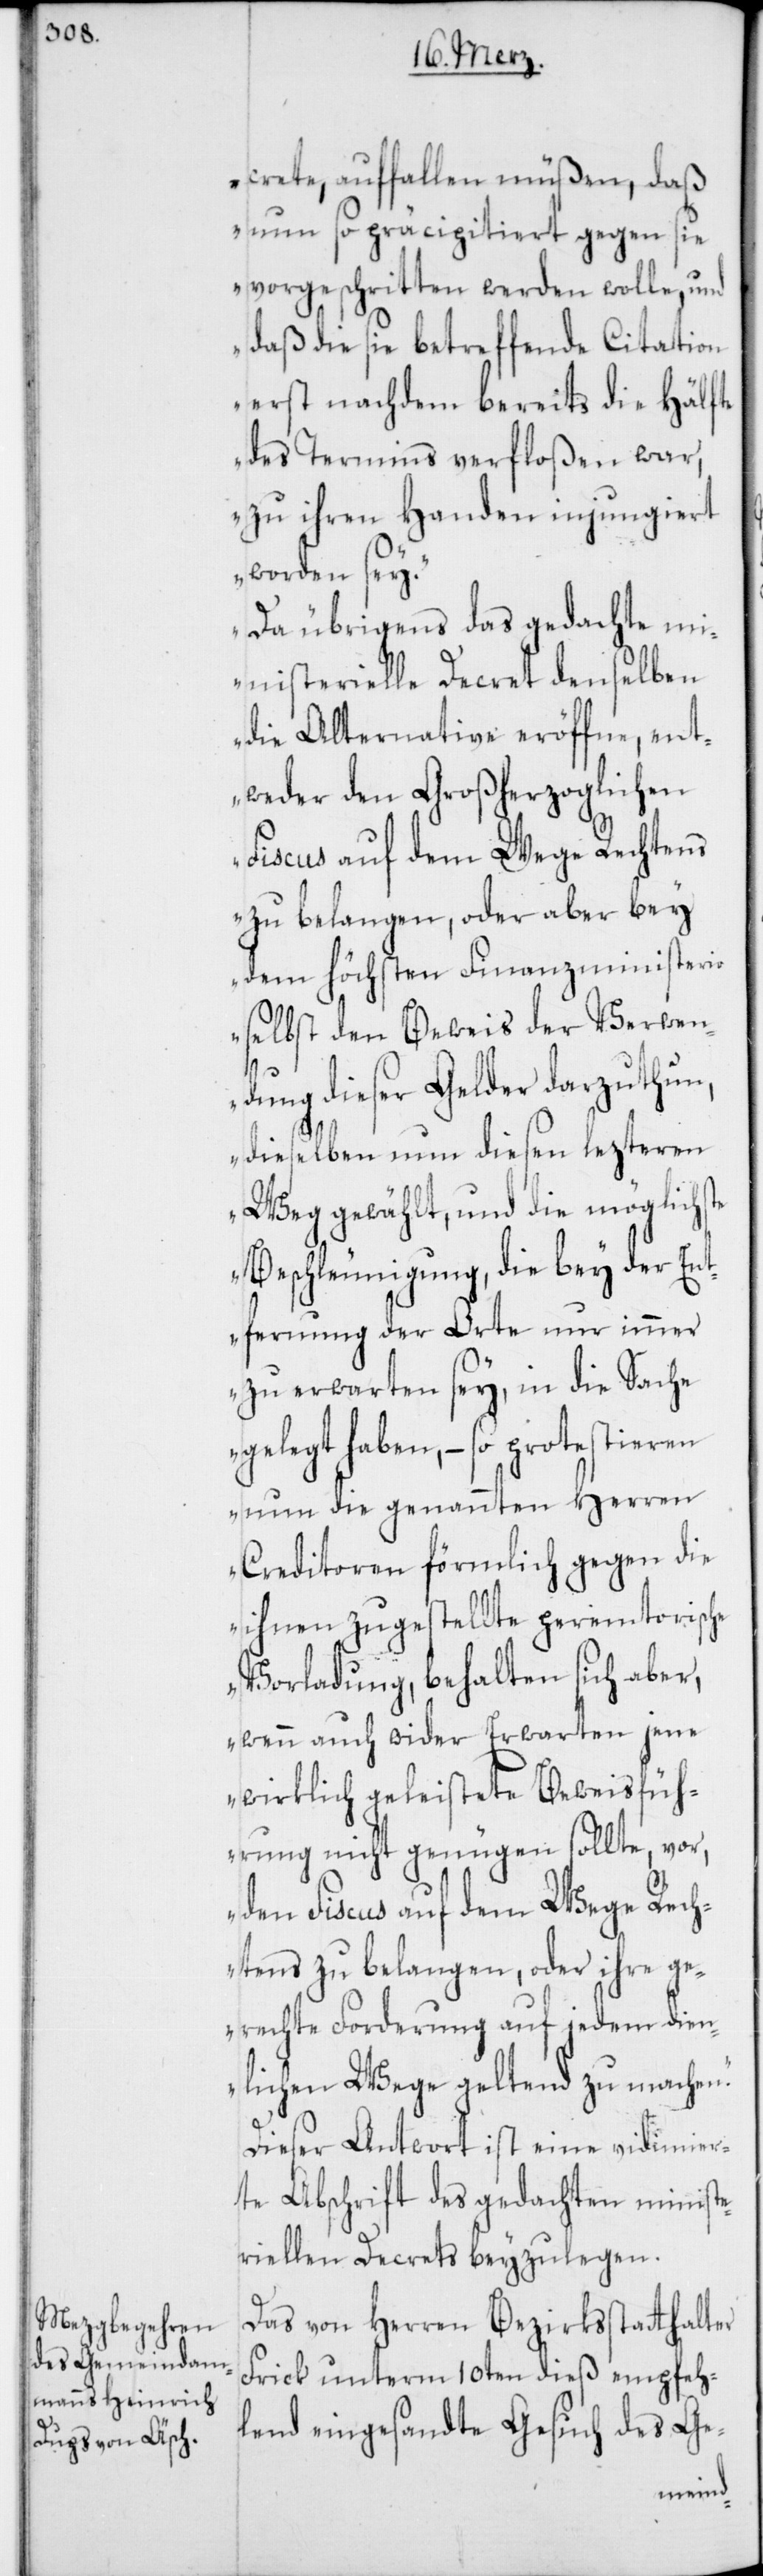
crete auffallen müßen, daß
nun so präcipitiert gegen sie
vorgeschritten werden wolle, und
daß die sie betreffende Citation
erst nachdem bereits die Hälfte
des Termins verfloßen war,
zu ihren Handen injungiert
worden sey.
Da übrigens das gedachte mi¬
nisterielle Decret denselben
die Alternative eröffne, ent¬
weder den Großherzoglichen
Fiscus auf dem Wege Rechtens
zu belangen, oder aber bey
dem höchsten Finanzministerio
selbst den Beweis der Verwen¬
ung dieser Gelder darzuthun,
dieselben nun diesen lezteren
Weg gewählt, und die möglichste
Beschleunigung, die bey der Ent¬
ferung der Orte nur immer
zu erwarten sey, in die Sache
gelegt haben, – so protestieren
nun die genannten Herren
Creditoren förmlich gegen die
ihnen zugestellte peremtorische
Vorladung, behalten sich aber,
wenn auch wider Erwarten jene
wirklich geleistete Beweisfüh¬
rung nicht genügen sollte, vor,
den Fiscus auf dem Wege Rech¬
tens zu belangen, oder ihre ge¬
rechte Forderung auf jedem dien¬
lichen Wege geltend zu machen“.
Dieser Antwort ist eine vidimier¬
te Abschrift des gedachten minist¬
eriellen Decrets beyzulegen.
Das von Herren Bezirksstatthalter
Frick unterm 10ten dieß empfeh¬
lend eingesandte Gesuch des Ge-